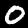
Label: 0